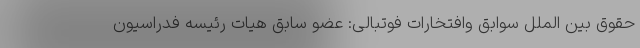
حقوق بین الملل سوابق وافتخارات فوتبالی: عضو سابق هیات رئیسه فدراسیون